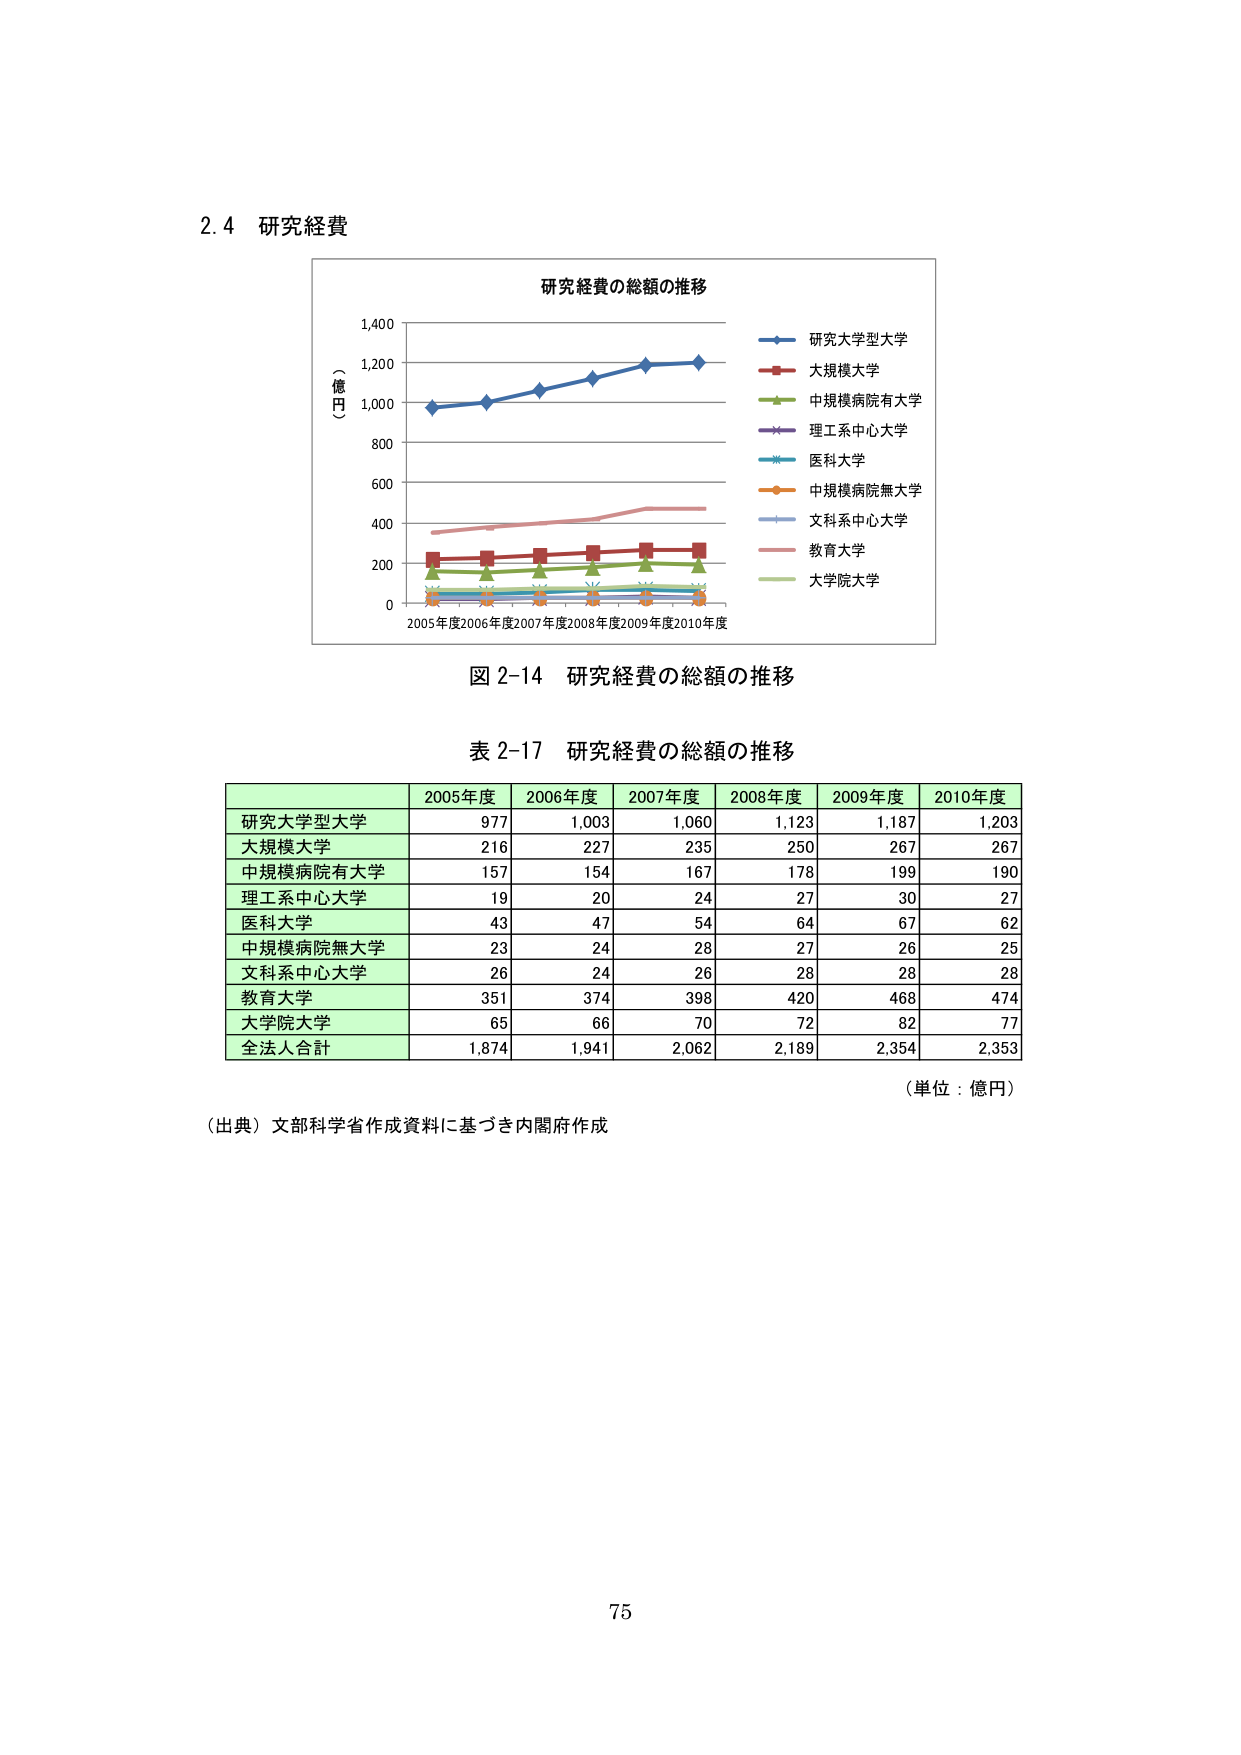
2.4 研究経費

研究経費の総額の推移

（億円）

2005年度2006年度2007年度2008年度2009年度2010年度

研究大学型大学
大規模大学
中規模病院有大学
理工系中心大学
医科大学
中規模病院無大学
文科系中心大学
教育大学
大学院大学

図 2-14 研究経費の総額の推移

表 2-17 研究経費の総額の推移

2005年度 2006年度 2007年度 2008年度 2009年度 2010年度
研究大学型大学 977 1,003 1,060 1,123 1,187 1,203
大規模大学 216 227 235 250 267 267
中規模病院有大学 157 154 167 178 199 190
理工系中心大学 19 20 24 27 30 27
医科大学 43 47 54 64 67 62
中規模病院無大学 23 24 28 27 26 25
文科系中心大学 26 24 26 28 28 28
教育大学 351 374 398 420 468 474
大学院大学 65 66 70 72 82 77
全法人合計 1,874 1,941 2,062 2,189 2,354 2,353

（単位：億円）

（出典）文部科学省作成資料に基づき内閣府作成

75